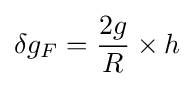
\delta g_{F}={\frac {2g}{R}}\times h